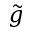
\tilde { g }